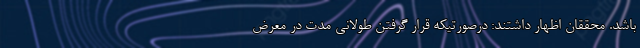
باشد. محققان اظهار داشتند: درصورتیکه قرار گرفتن طولانی مدت در معرض